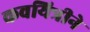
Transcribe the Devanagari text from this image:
कवयित्रीने